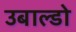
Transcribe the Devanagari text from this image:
उबाल्डो